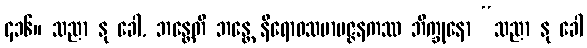
၄၁၆။ သညာ နု ခေါ, ဘန္တေတိ ဘန္တေ နိရောဓသမာပဇ္ဇနကဿ ဘိက္ခုနော “သညာ နု ခေါ